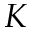
K